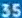
35